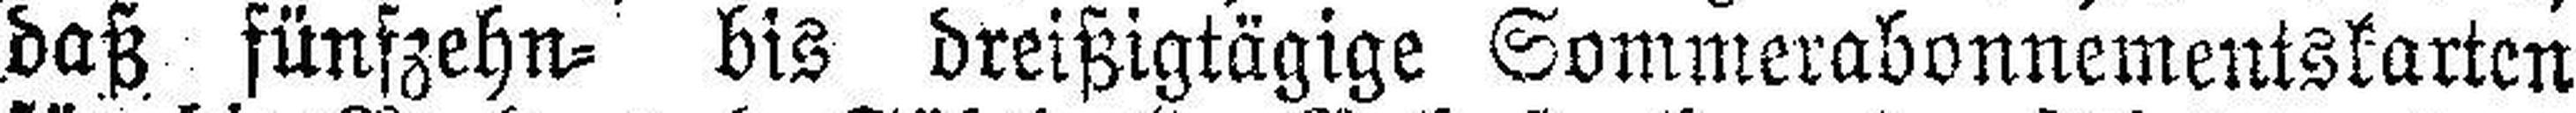
daß fünfzehn= bis dreißigtägige Sommerabonnementskarten